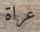
عراة